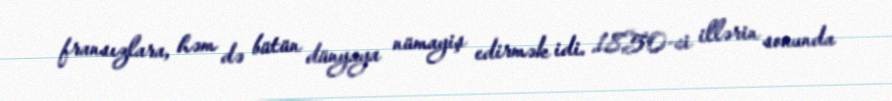
fransızlara, həm də bütün dünyaya nümayiş edirmək idi. 1850-ci illərin sonunda